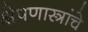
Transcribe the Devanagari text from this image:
क्षेपणास्त्रांचे